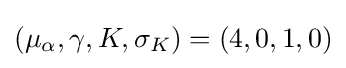
(\mu _{\alpha },\gamma ,K,\sigma _{K})=(4,0,1,0)